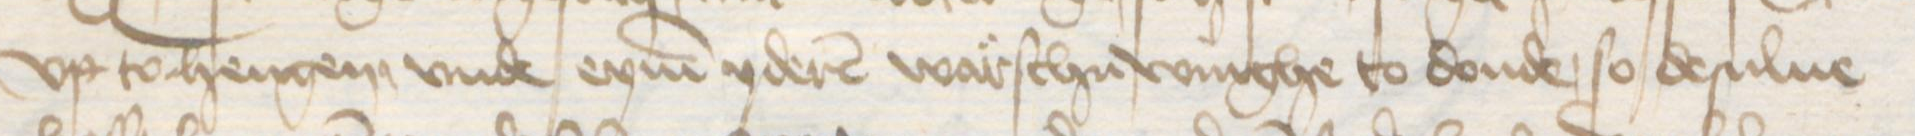
vp tohengen vnde eynen yderen warschuwinghe to donde, so desulue